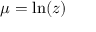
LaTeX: \mu = \ln ( z )